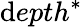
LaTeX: \mathrm{d}epth^{*}